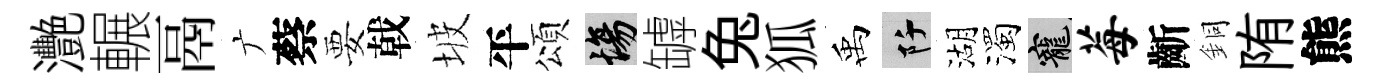
灧輾鬲广蔡要戟坡平頌場罅兔狐禹阡湖濁寵莓齗銅陏熊